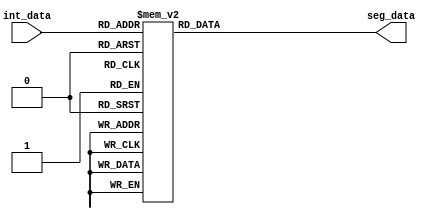
module integer_to_segment
(
    input [3:0] int_data,
    output reg [7:0] seg_data
);
    always @(int_data) begin
        case (int_data)
            4'b0000:    seg_data <= 8'b11000000;    
            4'b0001:    seg_data <= 8'b11111001;    
            4'b0010:    seg_data <= 8'b10100100;    
            4'b0011:    seg_data <= 8'b10110000;    
            4'b0100:    seg_data <= 8'b10011001;    
            4'b0101:    seg_data <= 8'b10010010;    
            4'b0110:    seg_data <= 8'b10000010;    
            4'b0111:    seg_data <= 8'b11111000;    
            4'b1000:    seg_data <= 8'b10000000;    
            4'b1001:    seg_data <= 8'b10010000;    
            4'b1010:    seg_data <= 8'b10001000;    
            4'b1011:    seg_data <= 8'b10000011;    
            4'b1100:    seg_data <= 8'b11000110;    
            4'b1101:    seg_data <= 8'b10100001;    
            4'b1110:    seg_data <= 8'b10000110;    
            4'b1111:    seg_data <= 8'b10001110;    
            default:    seg_data <= 8'b11111111;    
        endcase
    end
endmodule